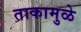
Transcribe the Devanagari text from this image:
ताकामुळे